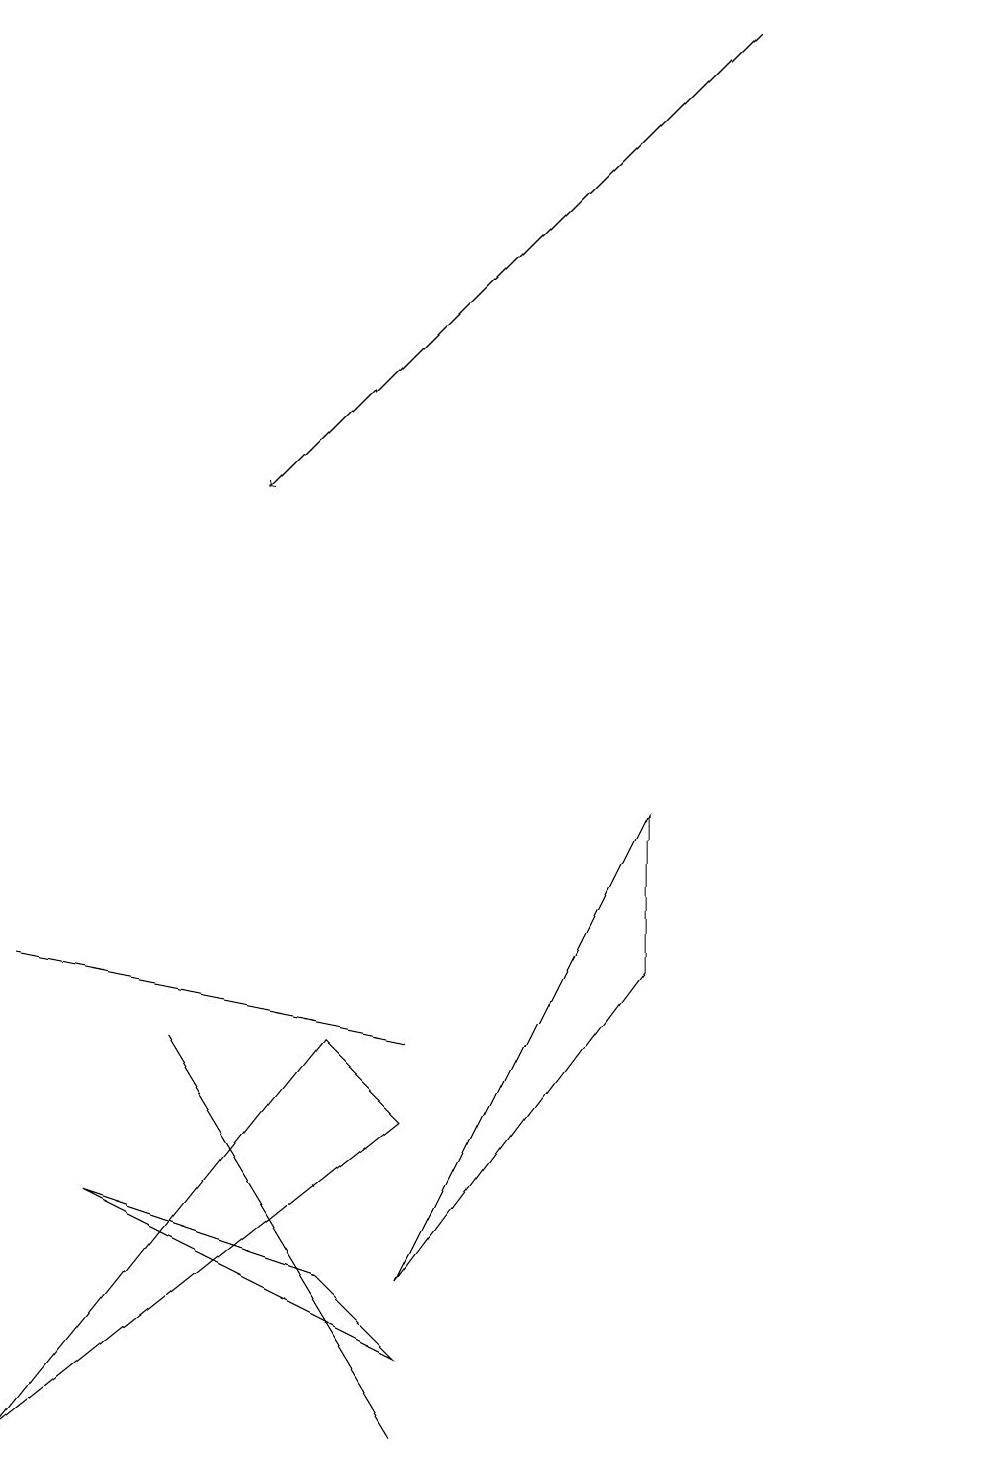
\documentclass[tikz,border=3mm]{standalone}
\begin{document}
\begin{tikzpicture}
\draw (0,0) -- (5,4) -- (4,5) -- cycle;
\draw (1,3) -- (5,1) -- (4,2) -- cycle;
\draw (12,10) circle (0);
\draw (8,8) -- (8,6) -- (5,2) -- cycle;
\draw[->] (9,18) -- (3,12);
\draw (2,5) -- (5,0) -- (2,5) -- cycle;
\draw (5,5) -- (0,6) -- (0,6) -- cycle;
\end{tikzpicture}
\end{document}